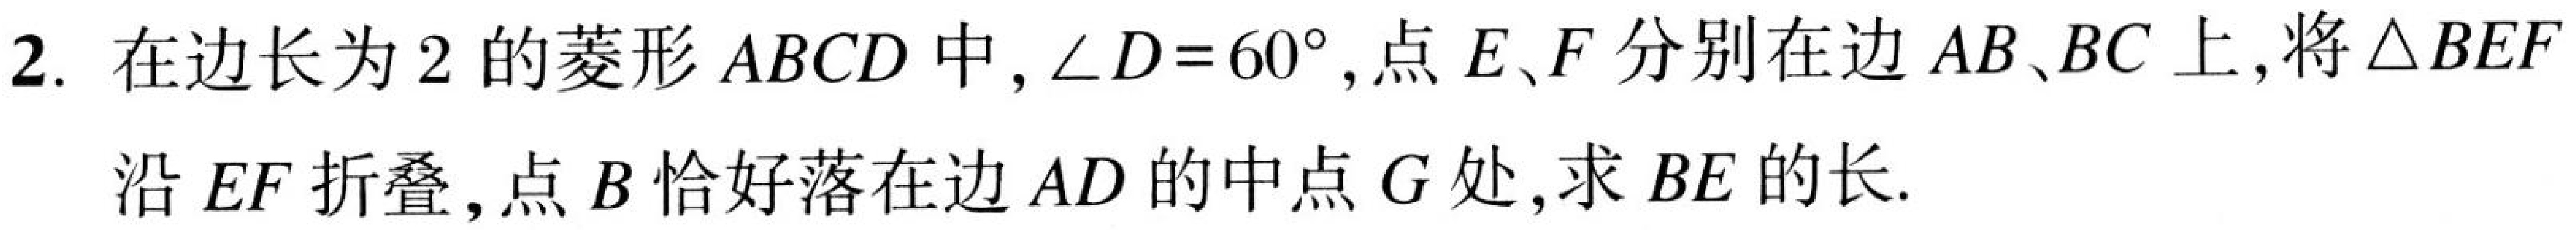
2. 在边长为2的菱形\(ABCD\)中，\(\angle D = 60^{\circ}\)，点\(E、F\)分别在边\(AB、BC\)上，将\(\triangle BEF\)
沿\(EF\)折叠，点\(B\)恰好落在边\(AD\)的中点\(G\)处，求\(BE\)的长.